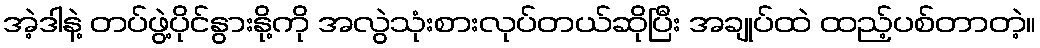
အဲ့ဒါနဲ့ တပ်ဖွဲ့ပိုင်နွားနို့ကို အလွဲသုံးစားလုပ်တယ်ဆိုပြီး အချုပ်ထဲ ထည့်ပစ်တာတဲ့။